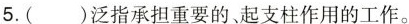
5.( )泛指承担重要的、起支柱作用的工作。